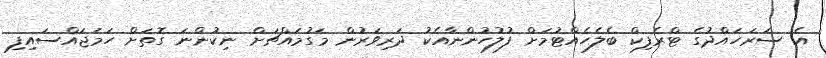
އެ ސަރަހައްދުގެ ޓްރެފިކް ބެލެހެއްޓުމަށް ފުލުހުންނާއެކު ދަރިވަރުން މަގުމައްޗަށް ނިކުންނަ ގޮތަށް ހަމަޖައްސައިފި